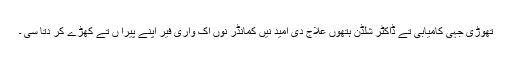
تھوڑی جہی کامیابی تے ڈاکٹر شلڈن ہتھوں علاج دی امید نیں کمانڈر نوں اک واری فیر اپنے پیرا ں تے کھڑے کر دتا سی ۔